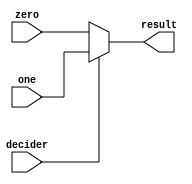
//16bit-multiplexer 2 to 1
module seventeenBitMultiplexer2to1(zero, one, decider, result);
  input [16:0] zero;  
  input [16:0] one;
  output [16:0] result; 
  input decider;

  assign result = decider ? one : zero;
endmodule